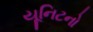
યૂનિટનો